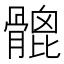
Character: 𩪅